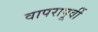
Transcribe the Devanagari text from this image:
वापरापूर्वी